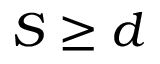
S \ge d